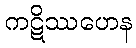
ကဋိဿဟေန